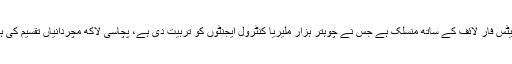
سن دوہزار چھ سے اب تک کوکوکولا افریقہ فاؤنڈیشن نیٹس فار لائف کے ساتھ منسلک ہے جس نے چوہتر ہزار ملیریا کنٹرول ایجنٹوں کو تربیت دی ہے، پچاسی لاکھ مچردانیاں تقسیم کی ہیں اور ایک لاکھ سے زائد بچوں کی زندگیاں بچائی ہیں۔